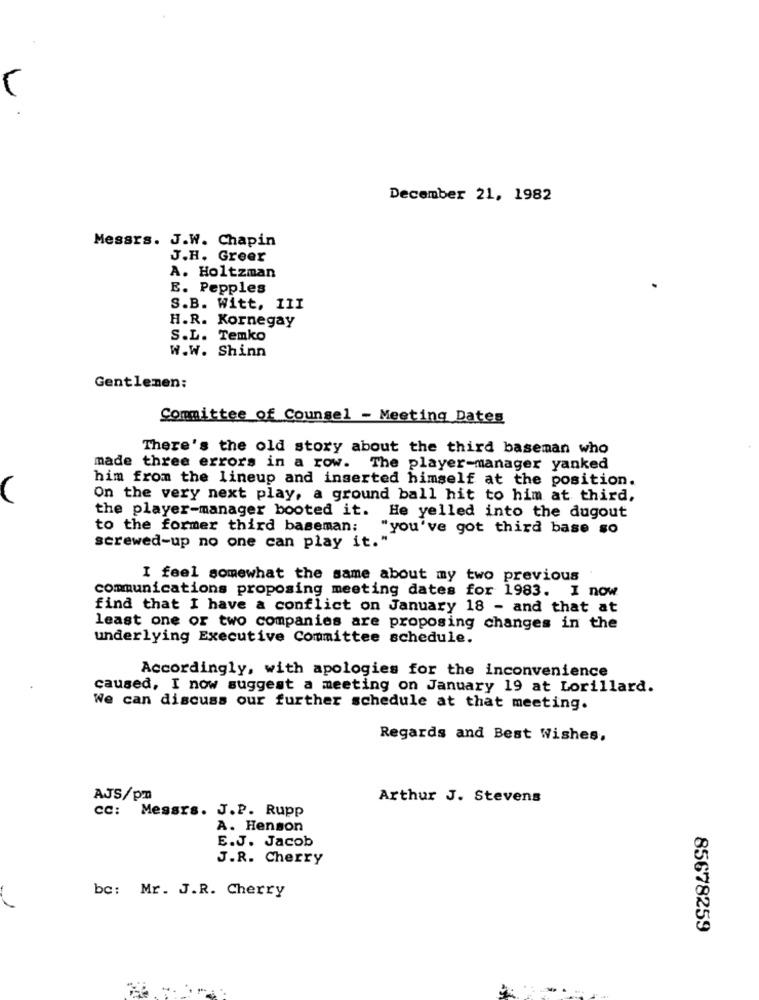
December 21, 1982
Messrs. J.W. Chapin
J.H. Greer
A. Holtzman
E. Pepples
S.B. Witt, III
H.R. Kornegay
S.L. Temko
W.W. Shinn
Gentlemen:
Committee of Counsel - Meeting Dates
There's the old story about the third baseman who
made three errors in a row. The player-manager yanked
him from the lineup and inserted himself at the position.
On the very next play, a ground ball hit to him at third,
the player-manager booted it. He yelled into the dugout
to the former third baseman;
"you've got third base so
screwed-up no one can play it."
I feel somewhat the same about my two previous
communications proposing meeting dates for 1983. I now
find that I have a conflict on January 18 - and that at
least one or two companies are proposing changes in the
underlying Executive Committee schedule.
Accordingly, with apologies for the inconvenience
caused, I now suggest a meeting on January 19 at Lorillard.
We can discuss our further schedule at that meeting.
Regards and Best Wishes,
AJS/pm
Arthur J. Stevens
CC: Messrs. J.P. Rupp
A. Henson
E.J. Jacob
J.R. Cherry
bc: Mr. J.R. Cherry
85678259